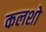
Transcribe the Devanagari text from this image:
कलशो